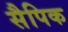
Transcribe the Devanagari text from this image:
सैपिक